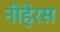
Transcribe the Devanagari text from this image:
नीहेरस